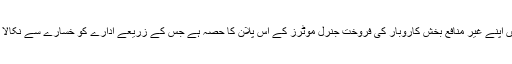
یورپ میں اپنے غیر منافع بخش کاروبار کی فروخت جنرل موٹرز کے اس پلان کا حصّہ ہے جس کے زریعے ادارے کو خسارے سے نکالا جاسکے۔